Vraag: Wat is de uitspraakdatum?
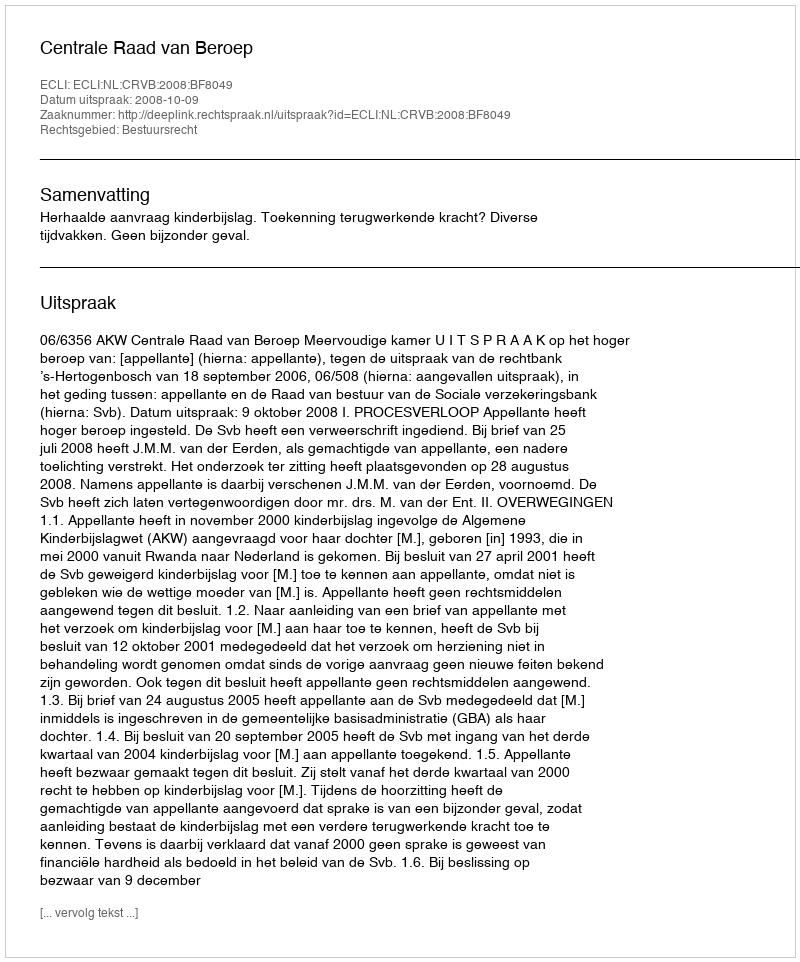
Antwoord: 2008-10-09